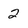
Character: 2